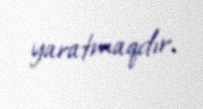
yaratmaqdır.